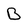
Character: B